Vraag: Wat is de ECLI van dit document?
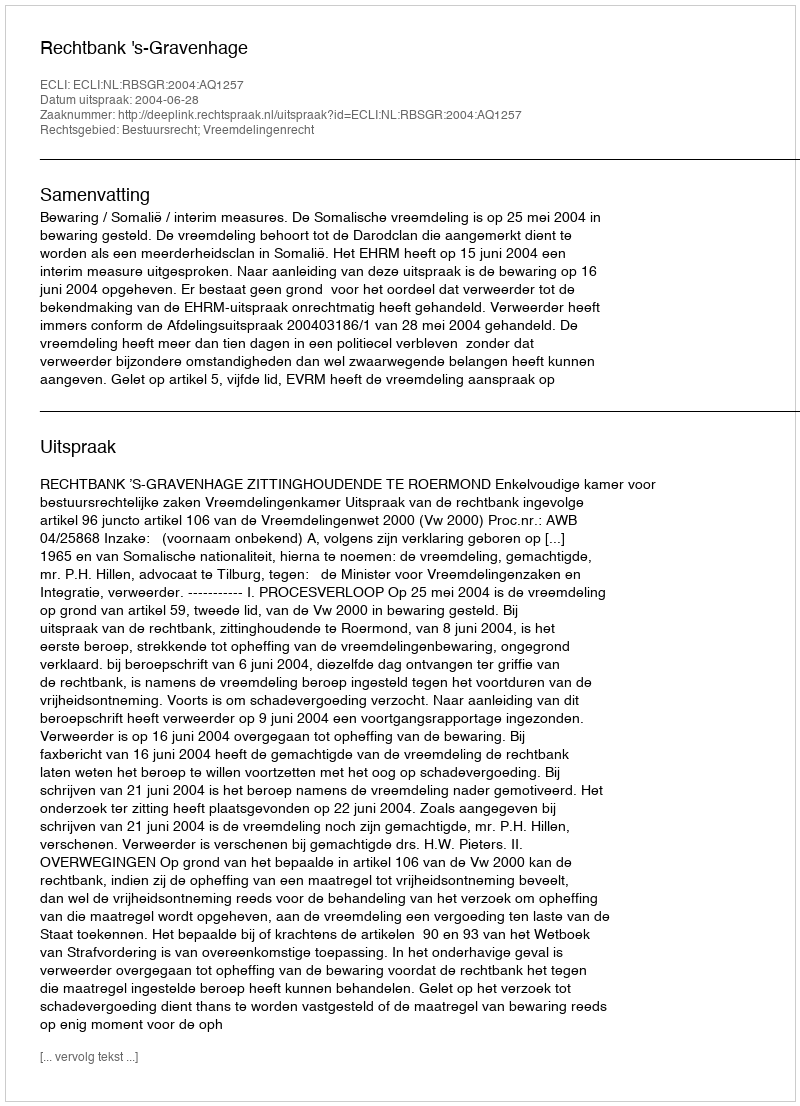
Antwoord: ECLI:NL:RBSGR:2004:AQ1257